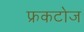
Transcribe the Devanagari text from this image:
फ्रकटोज